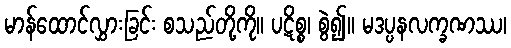
မာန်ထောင်လွှားခြင်း စသည်တို့ကို။ ပဋိစ္စ၊ စွဲ၍။ မဒပ္ပနလက္ခဏဿ၊